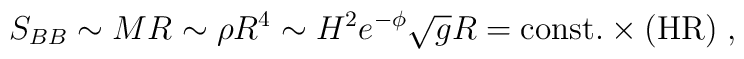
S_{BB} \sim MR \sim \rho R^4 \sim H^2  e^{-\phi} \sqrt{g} R = \rm{const.} \times (HR) \; ,